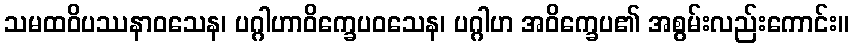
သမထဝိပဿနာဝသေန၊ ပဂ္ဂါဟာဝိက္ခေပဝသေန၊ ပဂ္ဂါဟ အဝိက္ခေပ၏ အစွမ်းလည်းကောင်း။